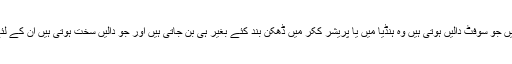
ساری دالیں پریشر ککر میں نہیں بنتیں جو سوفٹ دالیں ہوتی ہیں وہ ہنڈیا میں یا پریشر ککر میں ڈھکن بند کئے بغیر ہی بن جاتی ہیں اور جو دالیں سخت ہوتی ہیں ان کے لئے پریشر ککر استعمال کیا جاتا ھے۔